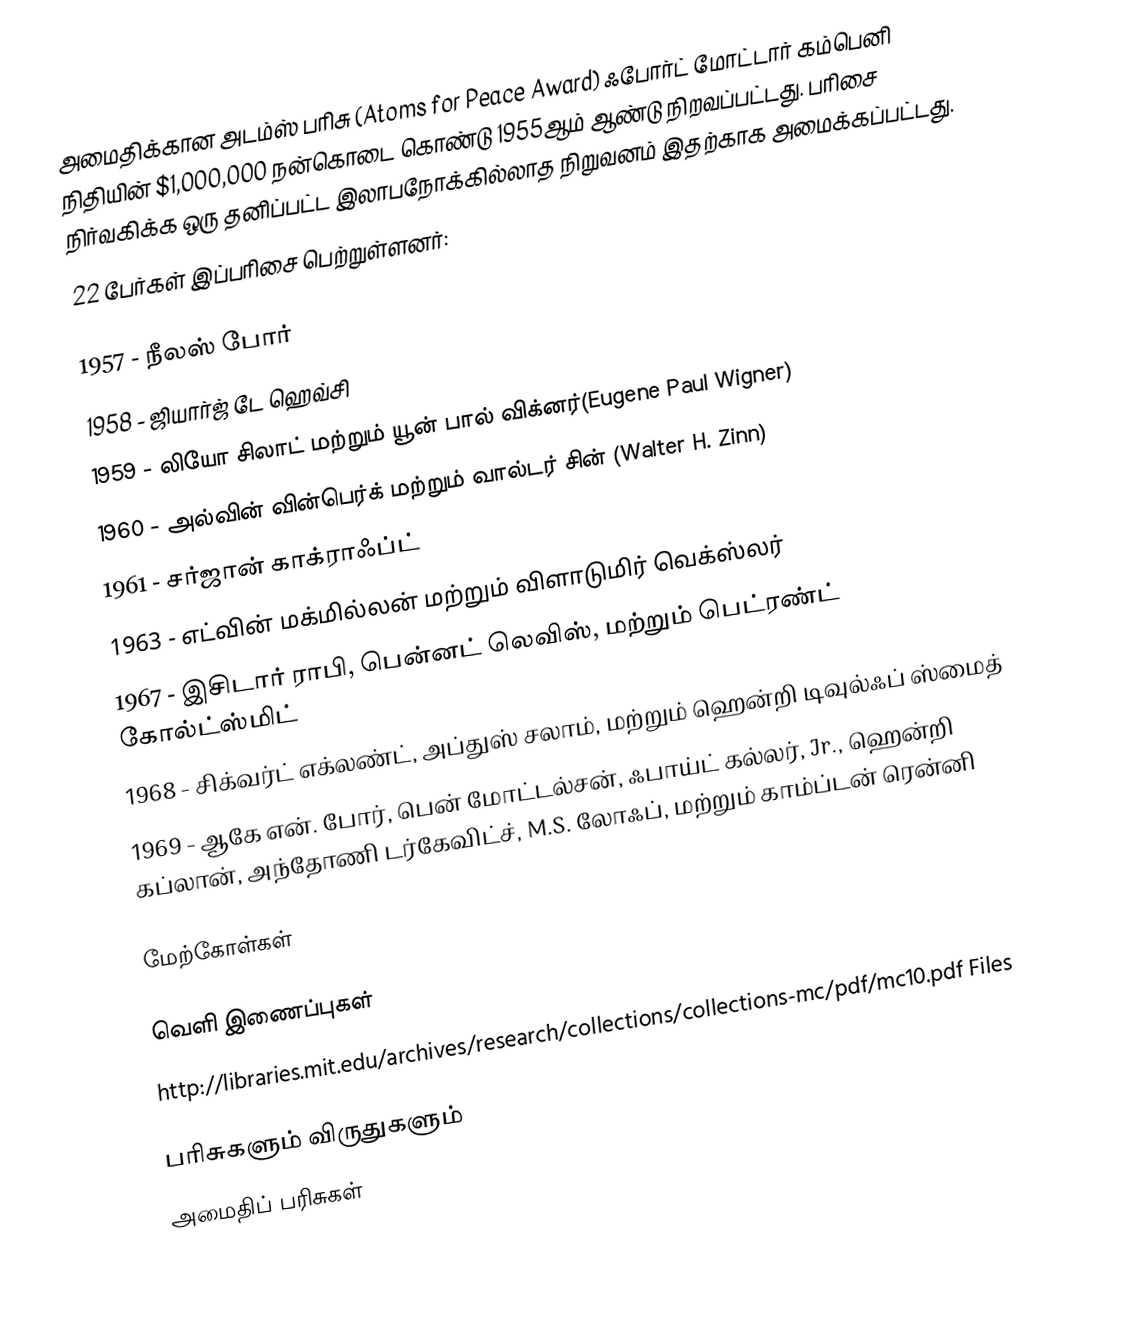
அமைதிக்கான அடம்ஸ் பரிசு (Atoms for Peace Award) ஃபோர்ட் மோட்டார் கம்பெனி நிதியின் $1,000,000 நன்கொடை கொண்டு 1955ஆம் ஆண்டு நிறவப்பட்டது. பரிசை நிர்வகிக்க ஒரு தனிப்பட்ட இலாபநோக்கில்லாத நிறுவனம் இதற்காக அமைக்கப்பட்டது.
22 பேர்கள் இப்பரிசை பெற்றுள்ளனர்:

1957 - நீலஸ் போர்
1958 - ஜியார்ஜ் டே ஹெவ்சி
1959 - லியோ சிலாட் மற்றும் யூன் பால் விக்னர்(Eugene Paul Wigner)
1960 - அல்வின் வின்பெர்க் மற்றும் வால்டர் சின் (Walter H. Zinn)
1961 - சர்ஜான் காக்ராஃப்ட்
1963 - எட்வின் மக்மில்லன் மற்றும் விளாடுமிர் வெக்ஸ்லர்
1967 - இசிடார் ராபி, பென்னட் லெவிஸ், மற்றும் பெட்ரண்ட் கோல்ட்ஸ்மிட்
1968 - சிக்வர்ட் எக்லண்ட், அப்துஸ் சலாம், மற்றும் ஹென்றி டிவுல்ஃப் ஸ்மைத்
1969 - ஆகே என். போர், பென் மோட்டல்சன், ஃபாய்ட் கல்லர், Jr., ஹென்றி கப்லான், அந்தோணி டர்கேவிட்ச், M.S. லோஃப், மற்றும் காம்ப்டன் ரென்னி

மேற்கோள்கள்

வெளி இணைப்புகள்
 http://libraries.mit.edu/archives/research/collections/collections-mc/pdf/mc10.pdf  Files

பரிசுகளும் விருதுகளும்
அமைதிப் பரிசுகள்